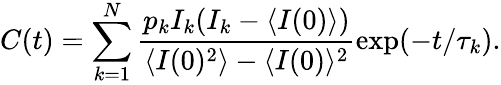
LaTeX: C(t)=\sum_{k=1}^{N}\frac{p_{k}I_{k}(I_{k}-\langle I(0)\rangle)}{\langle I(0)^{2}\rangle-\langle I(0)\rangle^{2}}\exp(-t/\tau_{k}).